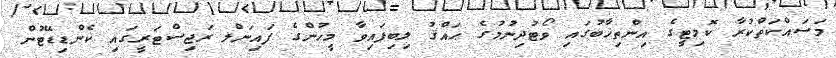
މަސައްކަތްކުރާ ކޮމިޓީގެ އިންތިޚާބުގައި ވޯޓުދިނުމުގެ ޙައްޤު ލިބިފައިވާ މީހުންގެ ފައިނަލް ރަޖިސްޓަރީގައި ކެންޑިޑޭޓުން